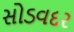
સોડવદર